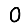
Digit: 0